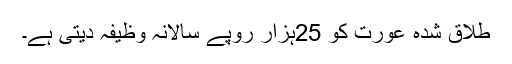
طلاق شدہ عورت کو 25ہزار روپے سالانہ وظیفہ دیتی ہے۔